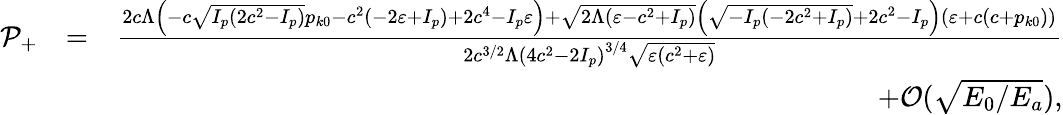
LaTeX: \begin{array}{rlr}{{\cal P}_{+}}&{=}&{\frac{2c\Lambda\left(-c\sqrt{I_{p}\left(2c^{2}-I_{p}\right)}p_{k0}-c^{2}\left(-2\varepsilon+I_{p}\right)+2c^{4}-I_{p}\varepsilon\right)+\sqrt{2\Lambda(\varepsilon-c^{2}+I_{p})}\left(\sqrt{-I_{p}\left(-2c^{2}+I_{p}\right)}+2c^{2}-I_{p}\right)\left(\varepsilon+c\left(c+p_{k0}\right)\right)}{2c^{3/2}\Lambda\left(4c^{2}-2I_{p}\right)^{3/4}\sqrt{\varepsilon\left(c^{2}+\varepsilon\right)}}}\\ &{}&{+{\cal O}(\sqrt{E_{0}/E_{a}}),}\end{array}